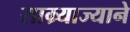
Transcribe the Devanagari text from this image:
साम्र्याज्याने